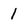
Character: I